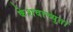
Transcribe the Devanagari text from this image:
केेशवाच्युता